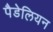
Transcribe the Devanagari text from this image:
पैडेलियन